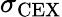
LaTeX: \sigma_{\mathrm{CEX}}